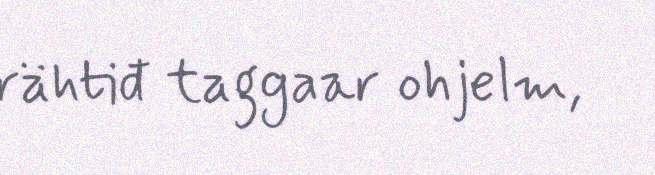
rähtiđ taggaar ohjelm,